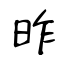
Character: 昨